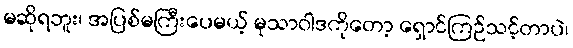
မဆိုရဘူး၊ အပြစ်မကြီးပေမယ့် မုသာဝါဒကိုတော့ ရှောင်ကြဉ်သင့်တာပဲ၊